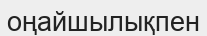
оңайшылықпен